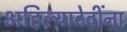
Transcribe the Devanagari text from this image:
अहिल्यादेवींना